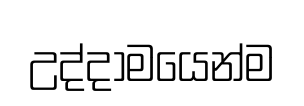
උද්දාමයෙන්ම